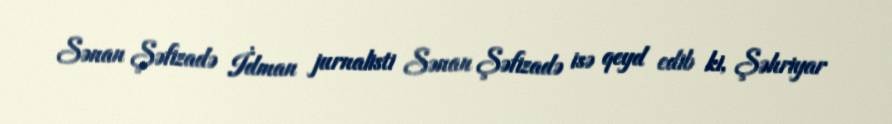
Sənan Şəfizadə İdman jurnalisti Sənan Şəfizadə isə qeyd edib ki, Şəhriyar